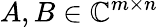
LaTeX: A,B\in\mathbb{C}^{m\times n}